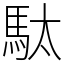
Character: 駄